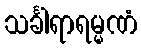
သင်္ခါရာရမ္မဏံ